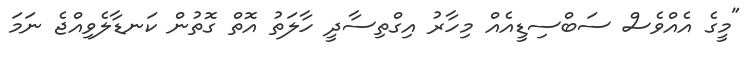
"މީގެ އެއްވެސް ސަބްސިޑީއެއް މިހާރު އިގްތިސާދީ ހާލަތު އޮތް ގޮތުން ކަނޑާލެވިއްޖެ ނަމަ